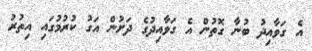
އެ ގަވާއިދު ބުނާ ގޮތުން އެ ގަވާއިދުގެ ދަށުން އަގު ކުރުމުގައި އިތުރު